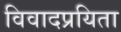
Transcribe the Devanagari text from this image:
विवादप्रयिता